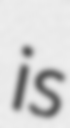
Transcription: is